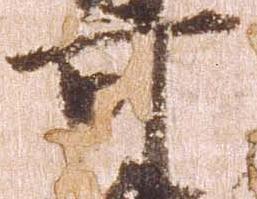
可